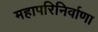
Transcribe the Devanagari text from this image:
महापरिनिर्वाणा